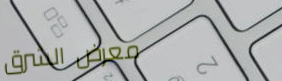
معرض الشرق